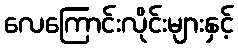
လေကြောင်းလိုင်းများနှင့်